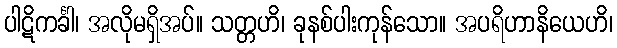
ပါဋိကင်္ခါ၊ အလိုမရှိအပ်။ သတ္တဟိ၊ ခုနစ်ပါးကုန်သော။ အပရိဟာနိယေဟိ၊